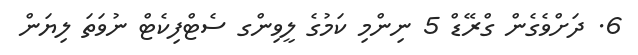
6. ދަށްވެގެން ގްރޭޑް 5 ނިންމި ކަމުގެ ލީވިންގ ސެޓްފިކެޓް ނުވަތަ ލިޔަން